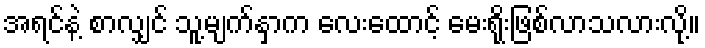
အရင်နဲ့ စာလျှင် သူ့မျက်နှာက လေးထောင့် မေးရိုးဖြစ်လာသလားလို့။